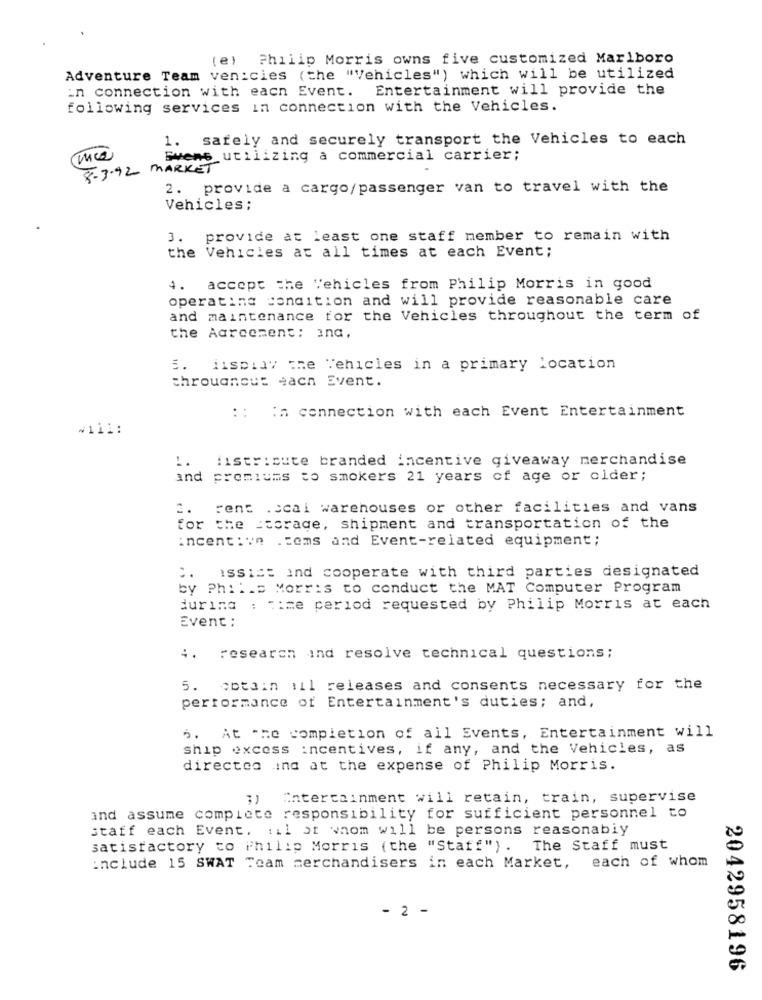
(e) Philip Morris owns five customized Marlboro
Adventure Team ven:cies (the "Vehicles") which will be utilized
in connection with each Event. Entertainment will provide the
following services in connection with the Vehicles.
safely and securely transport the Vehicles to each
1.
Svens utilizing a commercial carrier;
8-3-92 MARKET
2. provide a cargo/passenger van to travel with the
Vehicles;
3. provide at least one staff member to remain with
the Vehicles at all times at each Event;
4. accept the Vehicles from Philip Morris in good
operating condition and will provide reasonable care
and maintenance for the Vehicles throughout the term of
the Aarcement: and,
iisplay the Vehicles in a primary location
througnous each Event.
:: in connection with each Event Entertainment
~111:
1.
:istr:cute branded incentive giveaway merchandise
and
premiums to smokers 21 years of age or older;
2.
Fent .ccai warehouses or other facilities and vans
for the storage, shipment and transportation of the
incent:wn .coms and Event-related equipment;
issist ind cooperate with third parties designated
by Philip Morris to conduct the MAT Computer Program
during : time period requested by Philip Morris at each
Event :
4.
research ind resolve technical questions;
5. obtain 1il releases and consents necessary for the
performance of Entertainment's duties; and,
5. At -me completion of all Events, Entertainment will
ship excess incentives, if any, and the Vehicles, as
directoa ind at the expense of Philip Morris.
;) Entertainment will retain, train, supervise
and assume complete responsibility for sufficient personnel to
staff each Event. : il of whom will be persons reasonably
satisfactory to Philip Morris (the "Staff") . The Staff must
include 15 SWAT Team merchandisers in each Market, each of whom
- 2 -
2042958196